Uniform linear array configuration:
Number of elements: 8
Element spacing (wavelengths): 0.75
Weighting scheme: exponential
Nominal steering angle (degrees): -60
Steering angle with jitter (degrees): -58.32
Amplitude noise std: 0.05
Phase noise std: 0.05

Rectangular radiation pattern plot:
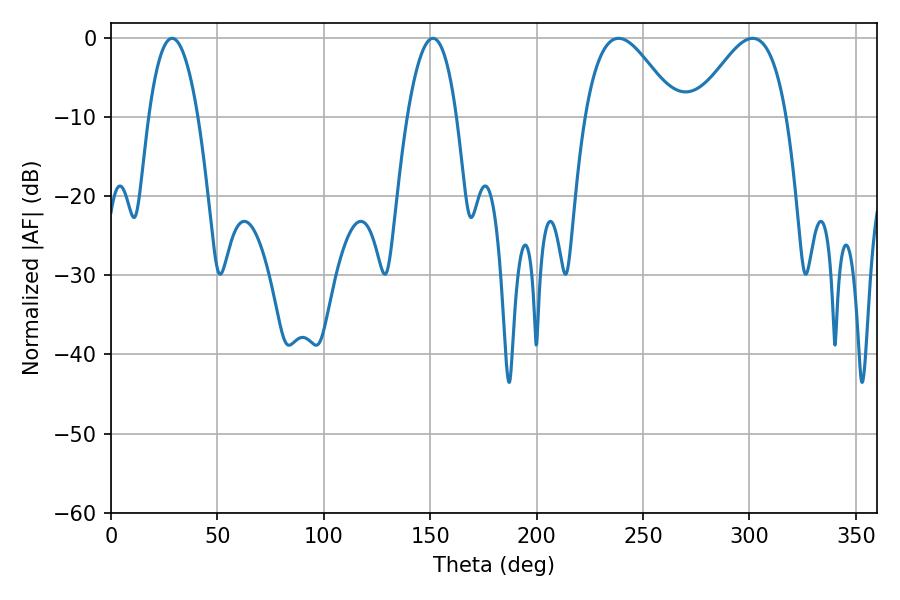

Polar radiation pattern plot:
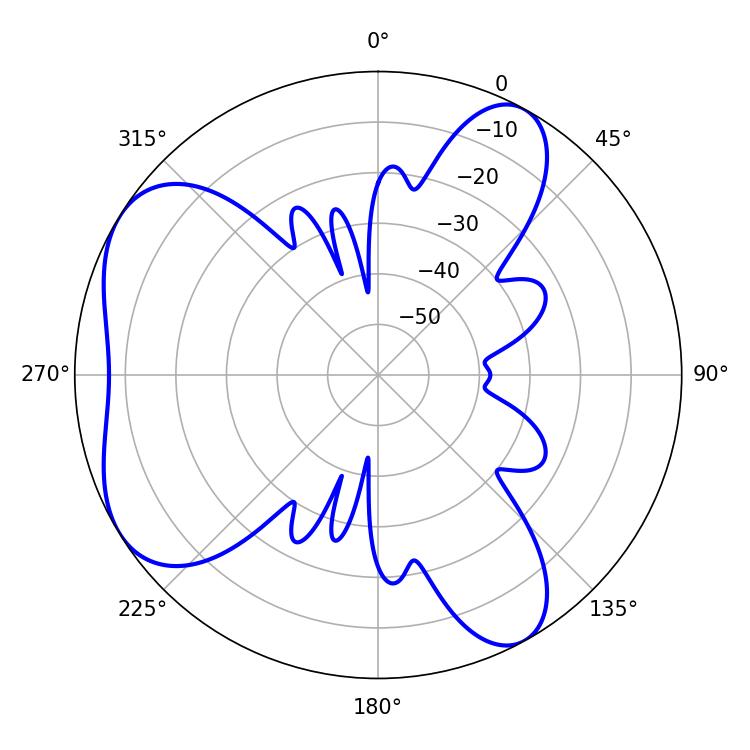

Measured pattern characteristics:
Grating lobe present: TRUE
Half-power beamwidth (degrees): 23.22
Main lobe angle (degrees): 238.5